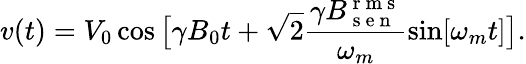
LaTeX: v(t)=V_{0}\cos\big[\gamma B_{0}t+\sqrt{2}\frac{\gamma B_{\mathrm{~s~e~n~}}^{\mathrm{~r~m~s~}}}{\omega_{m}}\sin[\omega_{m}t]\big].